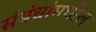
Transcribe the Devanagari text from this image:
संबंधांमधील